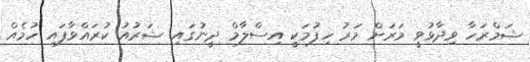
ޝަމްރަހާ ވިދާޅުވީ މަރަށް މަރު ހިފުމަކީ އިސްލާމް ދީނުގައި ޝަރުއު ކުރައްވާފައި ހުމެއް